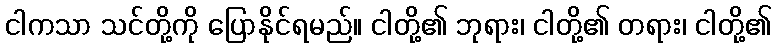
ငါကသာ သင်တို့ကို ပြောနိုင်ရမည်။ ငါတို့၏ ဘုရား၊ ငါတို့၏ တရား၊ ငါတို့၏